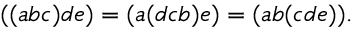
( ( a b c ) d e ) = ( a ( d c b ) e ) = ( a b ( c d e ) ) .